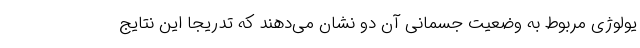
یولوژی مربوط به وضعیت جسمانی آن دو نشان می‌دهند که تدریجا این نتایج